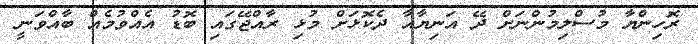
ރޮހިންޔާ މުސްލިމުންނަށް ދޭ އަނިޔާއާ ދެކޮޅަށް މުޅި ރާއްޖޭގައި ބޮޑު އެއްވުމެއް ބާއްވަނީ